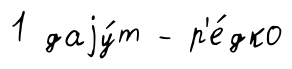
1 даjу́т - р'е́дко